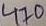
Text: 470